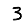
Digit: 3